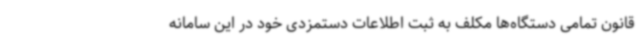
قانون تمامی دستگاه‌ها مکلف به ثبت اطلاعات دستمزدی خود در این سامانه